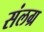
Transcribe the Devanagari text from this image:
संलग्र